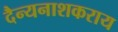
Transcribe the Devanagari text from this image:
दैन्यनाशकराय